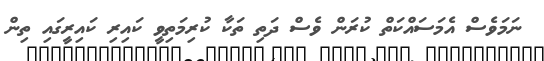
ނަމަވެސް އެމަސައްކަތް ކުރަން ވެސް ދަތި ތަކާ ކުރިމަތިވީ ކައިރި ކައިރީގައި ތިން